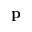
\textbf { p }